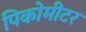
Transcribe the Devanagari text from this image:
पिकोमीटर